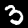
Label: 3